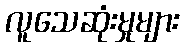
လူသေဆုံးမှုများ